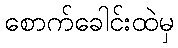
စောက်ခေါင်းထဲမှ